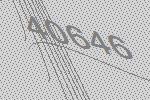
40646